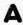
A